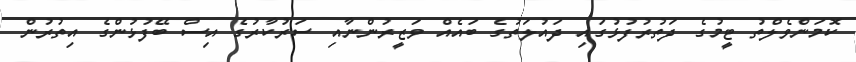
ކޮމަންވެލްތު ޓީމުގެ ދަތުރުފުޅުގައި ދައުލަތުގެ ބައެއް ވަޒީރުންނާއި ސަރުކާރުގެ އިސް ބޭފުޅުންގެ އިތުރުން